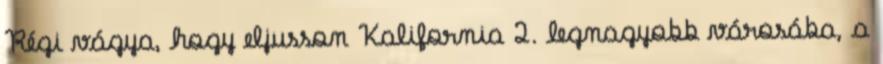
Régi vágya, hogy eljusson Kalifornia 2. legnagyobb városába, a